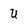
Character: U